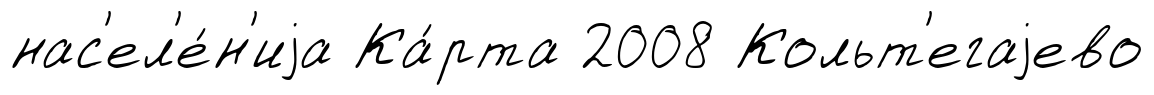
нас'ел'е́н'иjа Ка́рта 2008 Кольт'егаjево